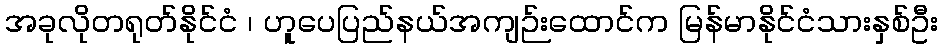
အခုလိုတရုတ်နိုင်ငံ ၊ ဟူပေပြည်နယ်အကျဉ်းထောင်က မြန်မာနိုင်ငံသားနှစ်ဦး